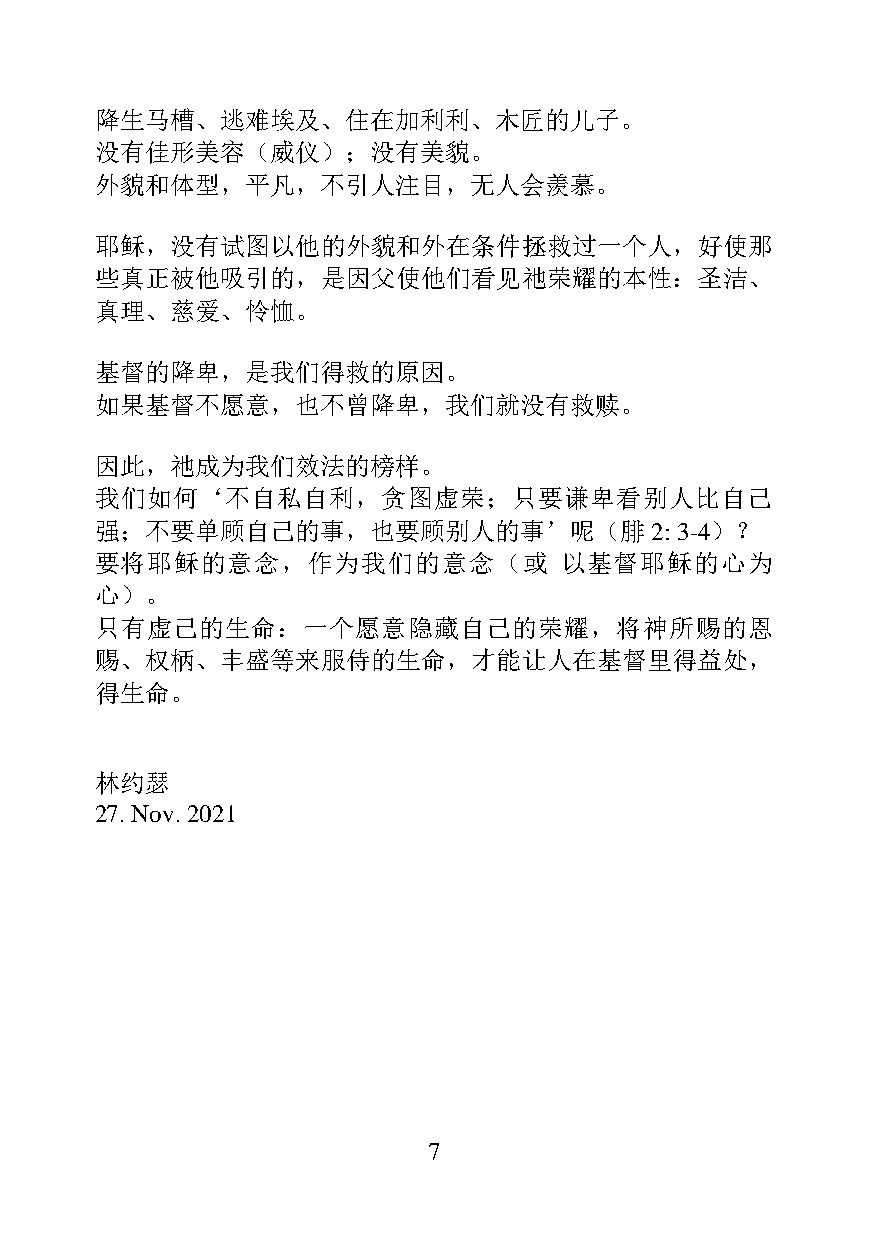
降生马槽、逃难埃及、住在加利利、木匠的儿子。
 没有佳形美容（威仪）；没有美貌。
 外貌和体型，平凡，不引人注目，无人会羡慕。
 耶稣，没有试图以他的外貌和外在条件拯救过一个人，好使那
 些真正被他吸引的，是因父使他们看见祂荣耀的本性：圣洁、
 真理、慈爱、怜恤。
 基督的降卑，是我们得救的原因。
 如果基督不愿意，也不曾降卑，我们就没有救赎。
 因此，祂成为我们效法的榜样。
 我们如何‘不自私自利，贪图虚荣；只要谦卑看别人比自己
 强；不要单顾自己的事，也要顾别人的事’呢（腓               2: 3-4）？
 要将耶稣的意念，作为我们的意念（或              以基督耶稣的心为
 心）。
 只有虚己的生命：一个愿意隐藏自己的荣耀，将神所赐的恩
 赐、权柄、丰盛等来服侍的生命，才能让人在基督里得益处，
 得生命。
 林约瑟
 27. Nov. 2021
 7